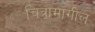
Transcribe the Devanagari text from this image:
चित्रामागील